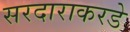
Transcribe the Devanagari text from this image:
सरदाराकरडे